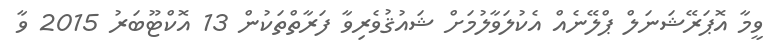
ވީމާ އޮޕަރޭޝަނަލް ޕްލޭނެއް އެކުލަވާލުމަށް ޝައުޤުވެރިވާ ފަރާތްތަކުން 13 އޮކްޓޫބަރު 2015 ވާ